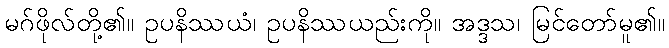
မဂ်ဖိုလ်တို့၏။ ဥပနိဿယံ၊ ဥပနိဿယည်းကို။ အဒ္ဒသ၊ မြင်တော်မူ၏။